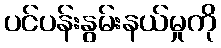
ပင်ပန်းနွမ်းနယ်မှုကို